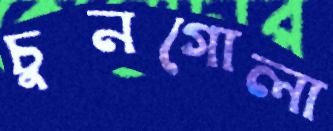
চুনগোলা